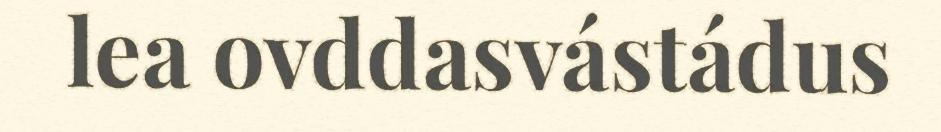
lea ovddasvástádus